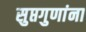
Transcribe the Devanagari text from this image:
सुप्तगुणांना